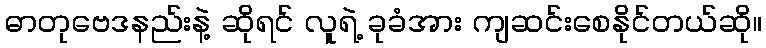
ဓာတုဗေဒနည်းနဲ့ ဆိုရင် လူရဲ့ ခုခံအား ကျဆင်းစေနိုင်တယ်ဆို။